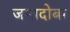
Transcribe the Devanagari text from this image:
जमादोबा